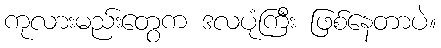
ကုလားမည်းတွေက ဒလပုံကြီး ဖြစ်နေတာပဲ။